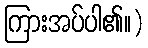
ကြားအပ်ပါ၏။)